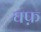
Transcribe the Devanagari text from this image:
घफ़